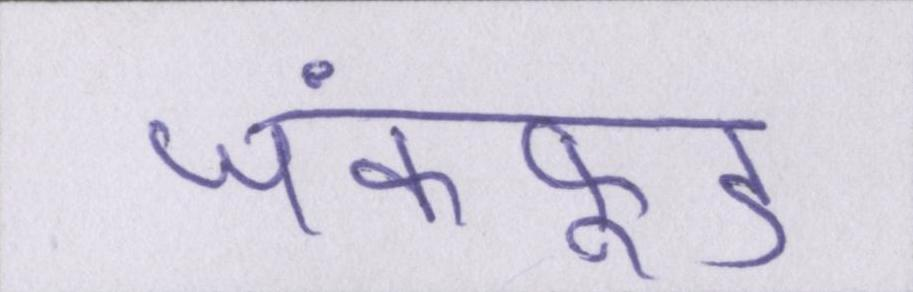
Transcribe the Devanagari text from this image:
जंकफूड